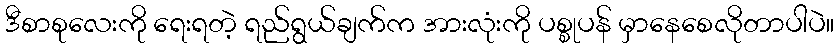
ဒီစာစုလေးကို ရေးရတဲ့ ရည်ရွယ်ချက်က အားလုံးကို ပစ္စုပန် မှာနေစေလိုတာပါပဲ။